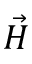
\vec { H }